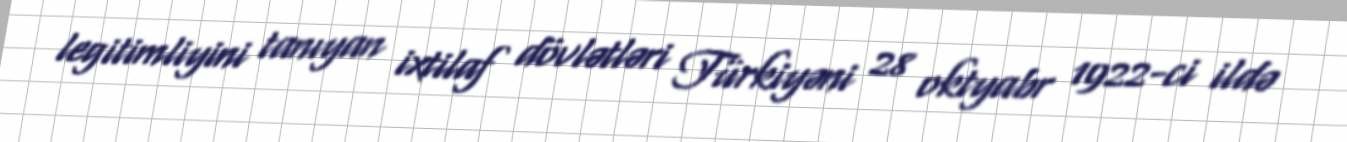
legitimliyini tanıyan ixtilaf dövlətləri Türkiyəni 28 oktyabr 1922-ci ildə